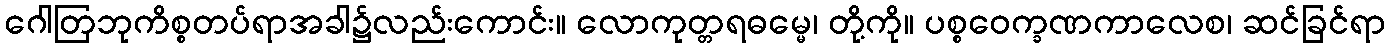
ဂေါတြဘုကိစ္စတပ်ရာအခါ၌လည်းကောင်း။ လောကုတ္တရဓမ္မေ၊ တို့ကို။ ပစ္စဝေက္ခဏကာလေစ၊ ဆင်ခြင်ရာ